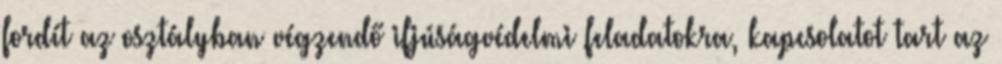
fordít az osztályban végzendő ifjúságvédelmi feladatokra, kapcsolatot tart az